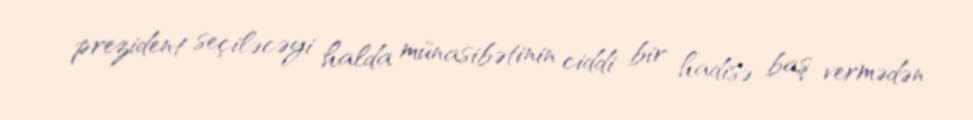
prezident seçiləcəyi halda münasibətinin ciddi bir hadisə baş vermədən